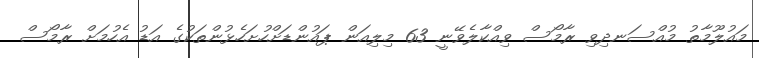
މައުލޫމާތު މުއްސަނދިވި ރާމޯސް ވިއްކާލެވޭނީ 63 މިލިއަން ޕައުންޑަށްހުށަހެޅުންތަކުގެ އަޑު އެހުމަށް ރާމޯސް